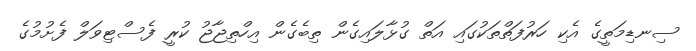
ސިނޑިމަތީގެ އެކި ހަރުފަތްތަކުގައި އަތް ގުޅާލައިގެން ތިބެގެން އިހްތިޖާޖު ކުރީ ފެސްޓިވަލް ފެށުމުގެ